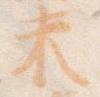
未